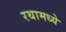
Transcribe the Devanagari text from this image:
रथामध्ये